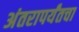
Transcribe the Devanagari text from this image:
अंतरापर्यंतचा